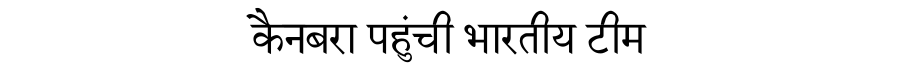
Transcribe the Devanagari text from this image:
कैनबरा पहुंची भारतीय टीम